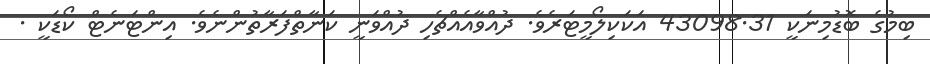
ބިމުގެ ބޮޑުމިނަކީ 43098.31 އަކަކިލޯމީޓަރެވެ. ދުއްވާއެއްޗެހި ދުއްވަނީ ކަނާތްފަރާތުންނެވެ. އިންޓަނެޓް ކޯޑަކީ .